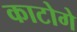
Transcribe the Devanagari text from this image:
काटोगे